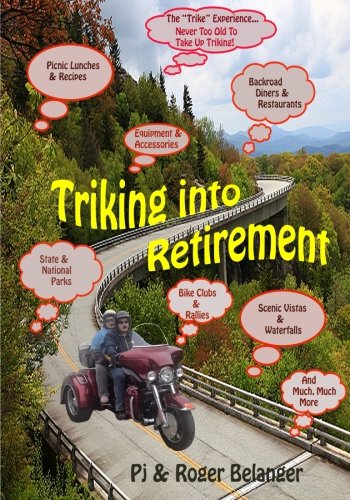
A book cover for Triking Into Retirement; Pj Belanger; Travel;